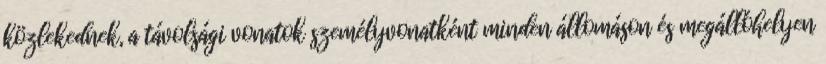
közlekednek, a távolsági vonatok személyvonatként minden állomáson és megállóhelyen